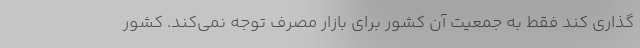
‌گذاری کند فقط به جمعیت آن کشور برای بازار مصرف توجه نمی‌کند. کشور